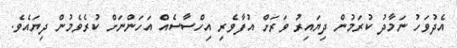
އެދުވަހު ނަމާދު ކުރަމުން ދިޔައިރު ވަރަށް އުފާވެރި އިހްސާސެއް އަހަންނަށް ކުރެވެމުން ދިޔައެވެ.